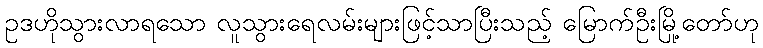
ဥဒဟိုသွားလာရသော လူသွားရေလမ်းများဖြင့်သာပြီးသည့် မြောက်ဦးမြို့တော်ဟု